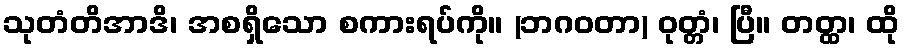
သုတံတိအာဒိ၊ အစရှိသော စကားရပ်ကို။ (ဘဂဝတာ) ဝုတ္တံ၊ ပြီ။ တတ္ထ၊ ထို